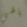
يالهي